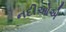
નદીઓએ